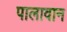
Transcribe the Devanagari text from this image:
पालावान